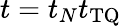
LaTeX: t=t_{N}t_{\mathrm{TQ}}